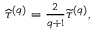
\begin{array} { r } { \widehat { \tau } ^ { \left( q \right) } = \frac { 2 } { q + 1 } \widetilde { \tau } ^ { \left( q \right) } , } \end{array}